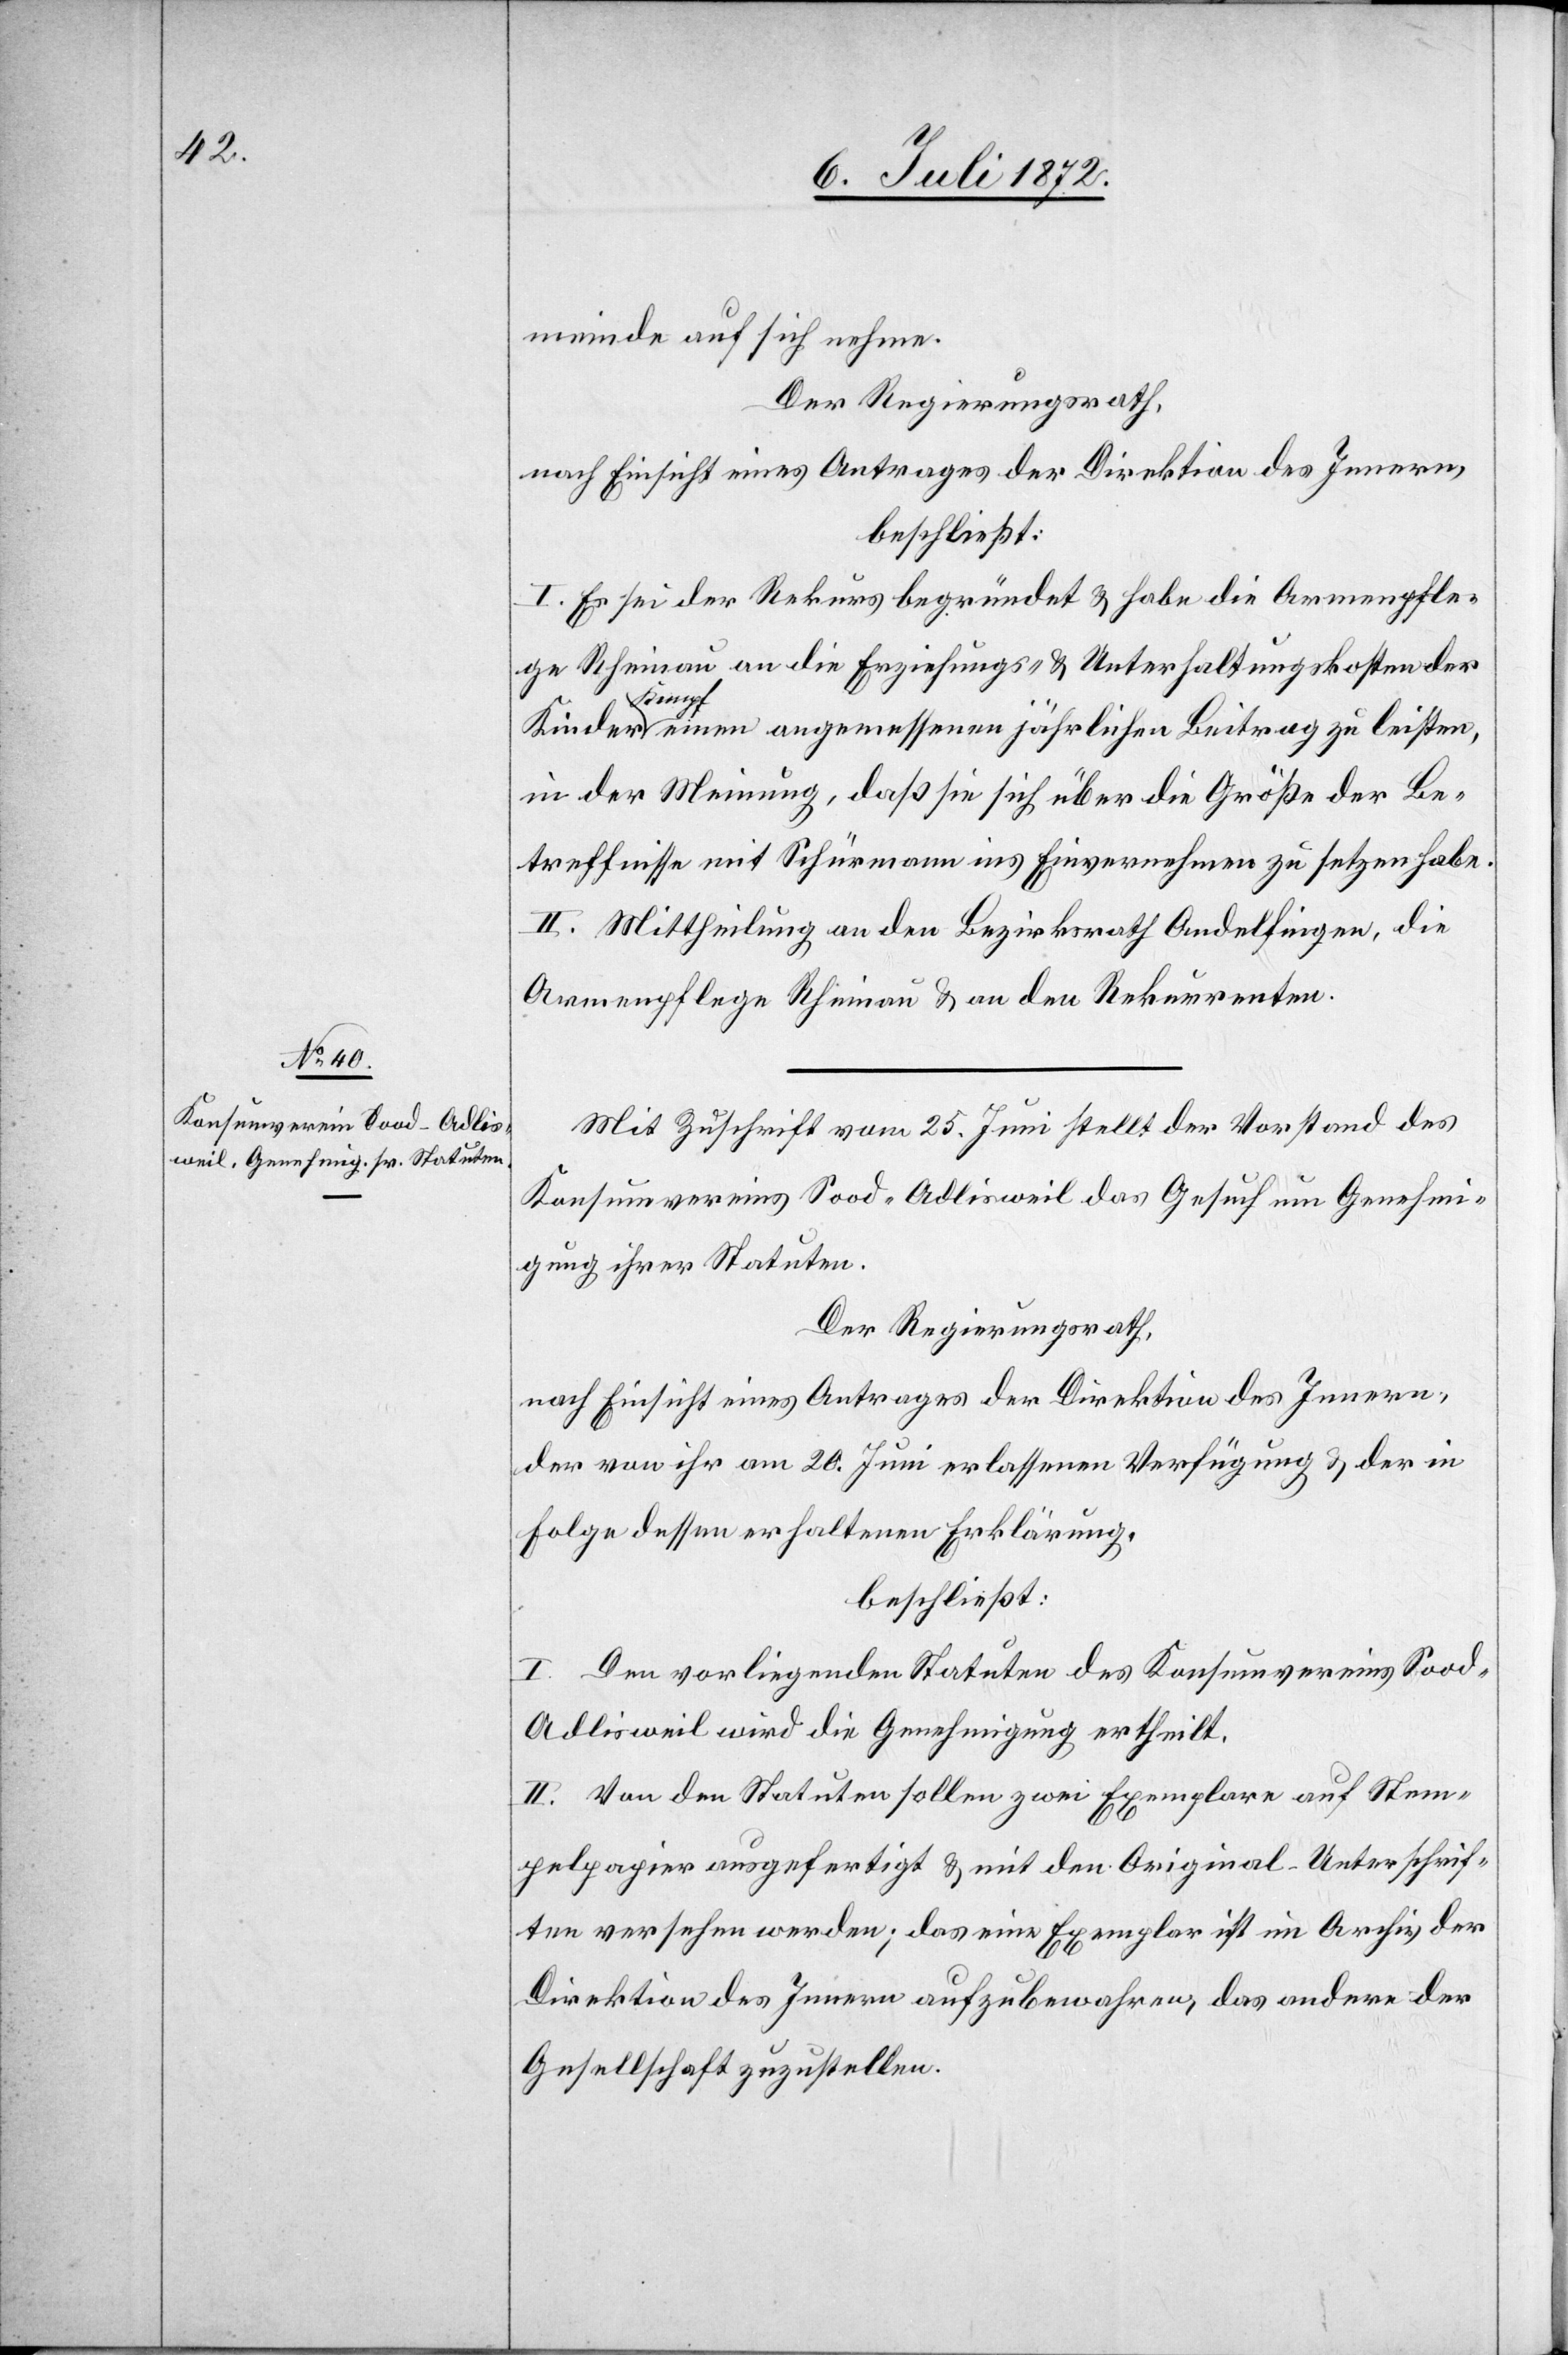
meinde auf sich nehme.
Der Regierungsrath,
nach Einsicht eines Antrages der Direktion des Innern,
beschließt:
I. Es sei der Rekurs begründet u. habe die Armenpfle¬
ge Rheinau an die Erziehungs- u. Unterhaltungskosten der
Kinder Kempf einen angemessenen jährlichen Beitrag zu leisten,
in der Meinung, daß sie sich über die Größe der Be¬
treffnisse mit Schürmann ins Einvernehmen zu setzen habe.
II. Mittheilung an den Bezirksrath Andelfingen, die
Armenpflege Rheinau u. an den Rekurrenten.
Mit Zuschrift vom 25. Juni stellt der Vorstand des
Konsumvereines Sood-Adlisweil das Gesuch um Genehmi¬
gung ihrer Statuten.
Der Regierungsrath,
nach Einsicht eines Antrages der Direktion des Innern,
der von ihr am 20. Juni erlassenen Verfügung u. der in
Folge dessen erhaltenen Erklärung,
beschließt:
I. Den vorliegenden Statuten des Konsumvereins Sood-A¬
dlisweil wird die Genehmigung ertheilt.
II. Von den Statuten sollen zwei Exemplare auf Stem¬
pelpapier ausgefertigt u. mit den Original-Unterschrif¬
ten versehen werden; das eine Exemplar ist im Archiv der
Direktion des Innern aufzubewahren, das andere der
Gesellschaft zuzustellen.